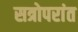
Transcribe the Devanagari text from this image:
सत्रोपरांत